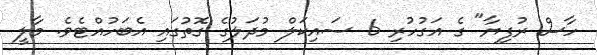
ހާސް ރުފިޔާ" ގެ އަގުހުރި 6 ސައިކަލް މުދަލުގެ ގޮތުގައި އެބަހުއްޓެވެ. މާލީ